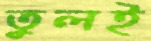
তুলই